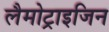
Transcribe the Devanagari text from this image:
लैमोट्राइजिन